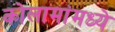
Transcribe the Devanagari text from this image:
कोलामांमध्ये